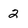
Character: 2